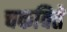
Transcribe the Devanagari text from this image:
चकविते